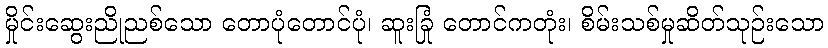
မှိုင်းဆွေးညိုညစ်သော တောပုံတောင်ပုံ၊ ဆူးခြုံ တောင်ကတုံး၊ စိမ်းသစ်မှုဆိတ်သုဉ်းသော